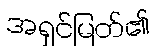
အရှင်မြတ်၏